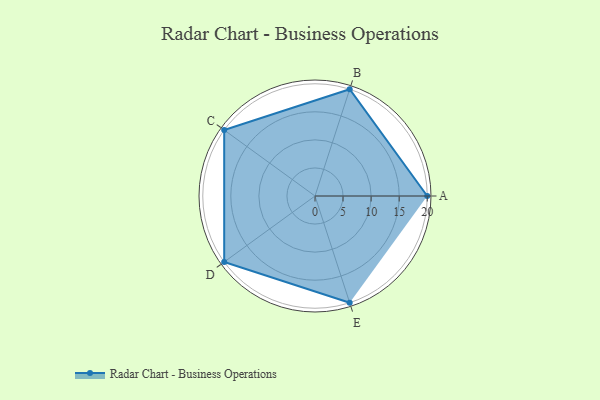
{"axis": {"x": "Skill", "y": "Score"}, "legend": ["Profile"], "data": [{"x": "A", "y": 20.0, "type": "Profile"}, {"x": "B", "y": 20, "type": "Profile"}, {"x": "C", "y": 20, "type": "Profile"}, {"x": "D", "y": 20, "type": "Profile"}, {"x": "E", "y": 20, "type": "Profile"}]}